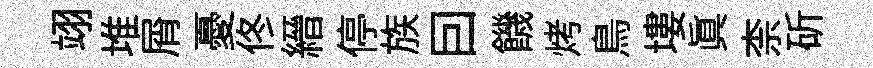
翊堆屑憂佟縉停族囙饑烤鳥塿眞柰斫